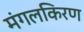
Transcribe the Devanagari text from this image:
मंगलकिरण